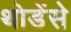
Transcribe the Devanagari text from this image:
थोडेंसे